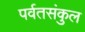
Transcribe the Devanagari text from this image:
पर्वतसंकुल